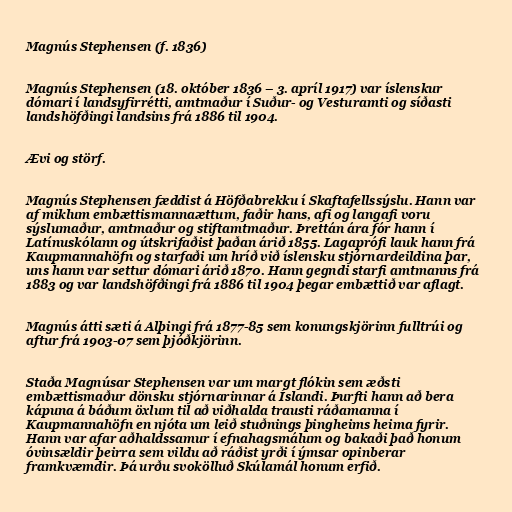
Magnús Stephensen (f. 1836)

Magnús Stephensen (18. október 1836 – 3. apríl 1917) var íslenskur
dómari í landsyfirrétti, amtmaður í Suður- og Vesturamti og síðasti
landshöfðingi landsins frá 1886 til 1904.

Ævi og störf.

Magnús Stephensen fæddist á Höfðabrekku í Skaftafellssýslu. Hann var
af miklum embættismannaættum, faðir hans, afi og langafi voru
sýslumaður, amtmaður og stiftamtmaður. Þrettán ára fór hann í
Latínuskólann og útskrifaðist þaðan árið 1855. Lagaprófi lauk hann frá
Kaupmannahöfn og starfaði um hríð við íslensku stjórnardeildina þar,
uns hann var settur dómari árið 1870. Hann gegndi starfi amtmanns frá
1883 og var landshöfðingi frá 1886 til 1904 þegar embættið var aflagt.

Magnús átti sæti á Alþingi frá 1877-85 sem konungskjörinn fulltrúi og
aftur frá 1903-07 sem þjóðkjörinn.

Staða Magnúsar Stephensen var um margt flókin sem æðsti
embættismaður dönsku stjórnarinnar á Íslandi. Þurfti hann að bera
kápuna á báðum öxlum til að viðhalda trausti ráðamanna í
Kaupmannahöfn en njóta um leið stuðnings þingheims heima fyrir.
Hann var afar aðhaldssamur í efnahagsmálum og bakaði það honum
óvinsældir þeirra sem vildu að ráðist yrði í ýmsar opinberar
framkvæmdir. Þá urðu svokölluð Skúlamál honum erfið.